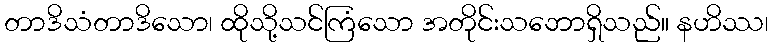
တာဒိသံတာဒိသော၊ ထိုသို့သင်ကြံသော အတိုင်းသဘောရှိသည်။ နဟိဿ၊